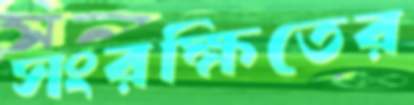
সংরক্ষিতের